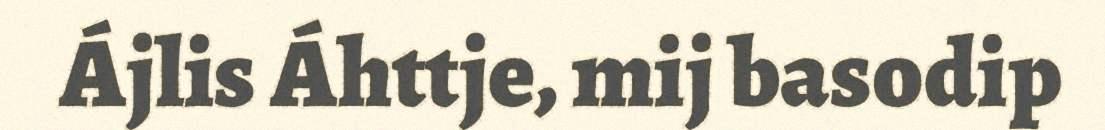
Ájlis Áhttje, mij basodip